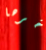
آخرها